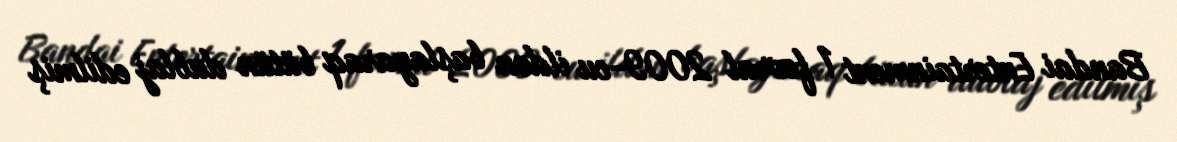
Bandai Entertainment 1 fevral 2009-cu ildən başlayaraq bütün dublaj edilmiş